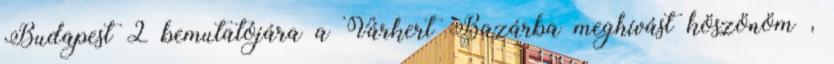
Budapest 2 bemutatójára a Várkert Bazárba meghívást köszönöm ,